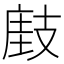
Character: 𢻘